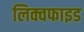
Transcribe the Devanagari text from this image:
लिक्वफाइड